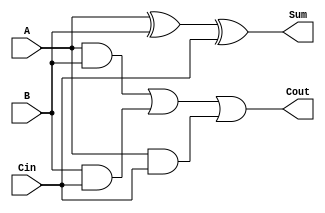
module full_adder (
    input A,
    input B,
    input Cin,
    output Sum,
    output Cout
);
    assign Sum = A ^ B ^ Cin;    // XOR for sum
    assign Cout = (A & B) | (B & Cin) | (A & Cin);  // Carry logic
endmodule